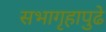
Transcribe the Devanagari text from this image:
सभागृहापुढे